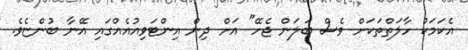
އެކަމަކު ހާލަތްތަކަށް ވެސް ބަލަން ޖެހޭ" އަށް ދިން އިންޓަވިއުއެއްގައި އޭނާ ބުންޏެވެ.